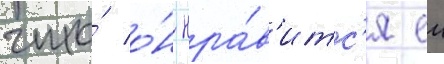
что́ о́н нра́в'итс'я еи